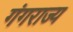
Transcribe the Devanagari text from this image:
गंगराज्य